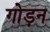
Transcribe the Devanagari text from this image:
गोड़न